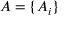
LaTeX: A = \{ A _ { i } \}